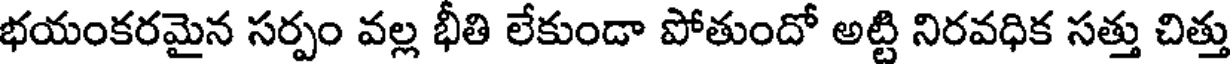
భయంకరమైన సర్పం వల్ల భీతి లేకుండా పోతుందో అట్టి నిరవధిక సత్తు చిత్తు